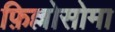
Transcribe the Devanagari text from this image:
फ़िल्लोसोमा